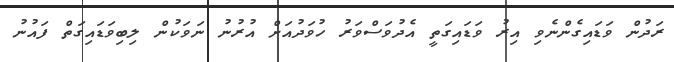
ރަދުން ވަޑައިގެންނެވި އިރު ވަޑައިގަތީ އެދުވަސްވަރު ހުވަދުއަށް އުރުނު ނަވަކުން ލިބިވަޑައިގަތް ފައުނު